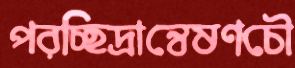
পরচ্ছিদ্রান্বেষণচৌ